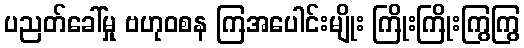
ပညတ်ခေါ်မှု ဗဟုဝစန ကြအပေါင်းမျိုး ကြိုးကြိုးကြွကြွ